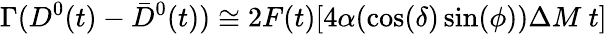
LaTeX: \Gamma(D^{0}(t)-\bar{D}^{0}(t))\cong 2F(t)[4\alpha(\cos(\delta)\sin(\phi))\Delta M~t]